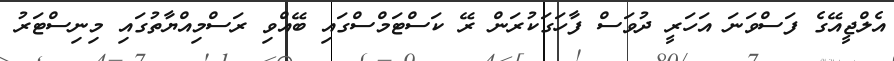
އެލްޖީއޭގެ ފަސްވަނަ އަހަރީ ދުވަސް ފާހަގަކުރަން ރޭ ކަސްޓަމްސްގައި ބޭއްވި ރަސްމިއްޔާތުގައި މިނިސްޓަރު